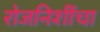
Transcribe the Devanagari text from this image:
रोजनिशींचा